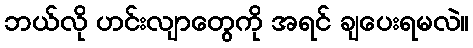
ဘယ်လို ဟင်းလျာတွေကို အရင် ချပေးရမလဲ။